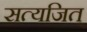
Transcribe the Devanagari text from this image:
सत्यजित्‌